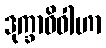
ဒုက္ခာဓိဝါဟာ